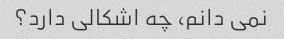
نمی دانم، چه اشکالی دارد؟